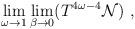
LaTeX: \begin{align*}\lim_{\omega \to 1}\lim_{\beta \to 0} (T^{4\omega -4}{\cal N}) \ ,\end{align*}